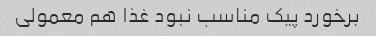
برخورد پیک مناسب نبود غذا هم معمولی